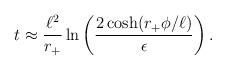
LaTeX: \begin{align*}t \approx {\ell^2 \over r_+} \ln \left( {2 \cosh(r_+ \phi/\ell) \over \epsilon} \right).\end{align*}